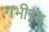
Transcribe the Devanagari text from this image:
गभीरम्